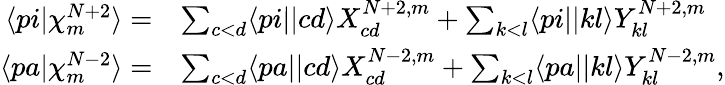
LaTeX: \begin{array}{rl}{\langle pi|\chi_{m}^{N+2}\rangle=}&{\sum_{c<d}\langle pi||cd\rangle X_{cd}^{N+2,m}+\sum_{k<l}\langle pi||kl\rangle Y_{kl}^{N+2,m}}\\ {\langle pa|\chi_{m}^{N-2}\rangle=}&{\sum_{c<d}\langle pa||cd\rangle X_{cd}^{N-2,m}+\sum_{k<l}\langle pa||kl\rangle Y_{kl}^{N-2,m},}\end{array}